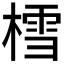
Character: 樰